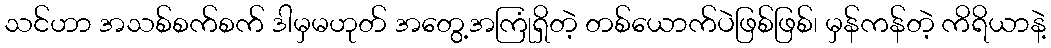
သင်ဟာ အသစ်စက်စက် ဒါမှမဟုတ် အတွေ့အကြုံရှိတဲ့ တစ်ယောက်ပဲဖြစ်ဖြစ်၊ မှန်ကန်တဲ့ ကိရိယာနဲ့